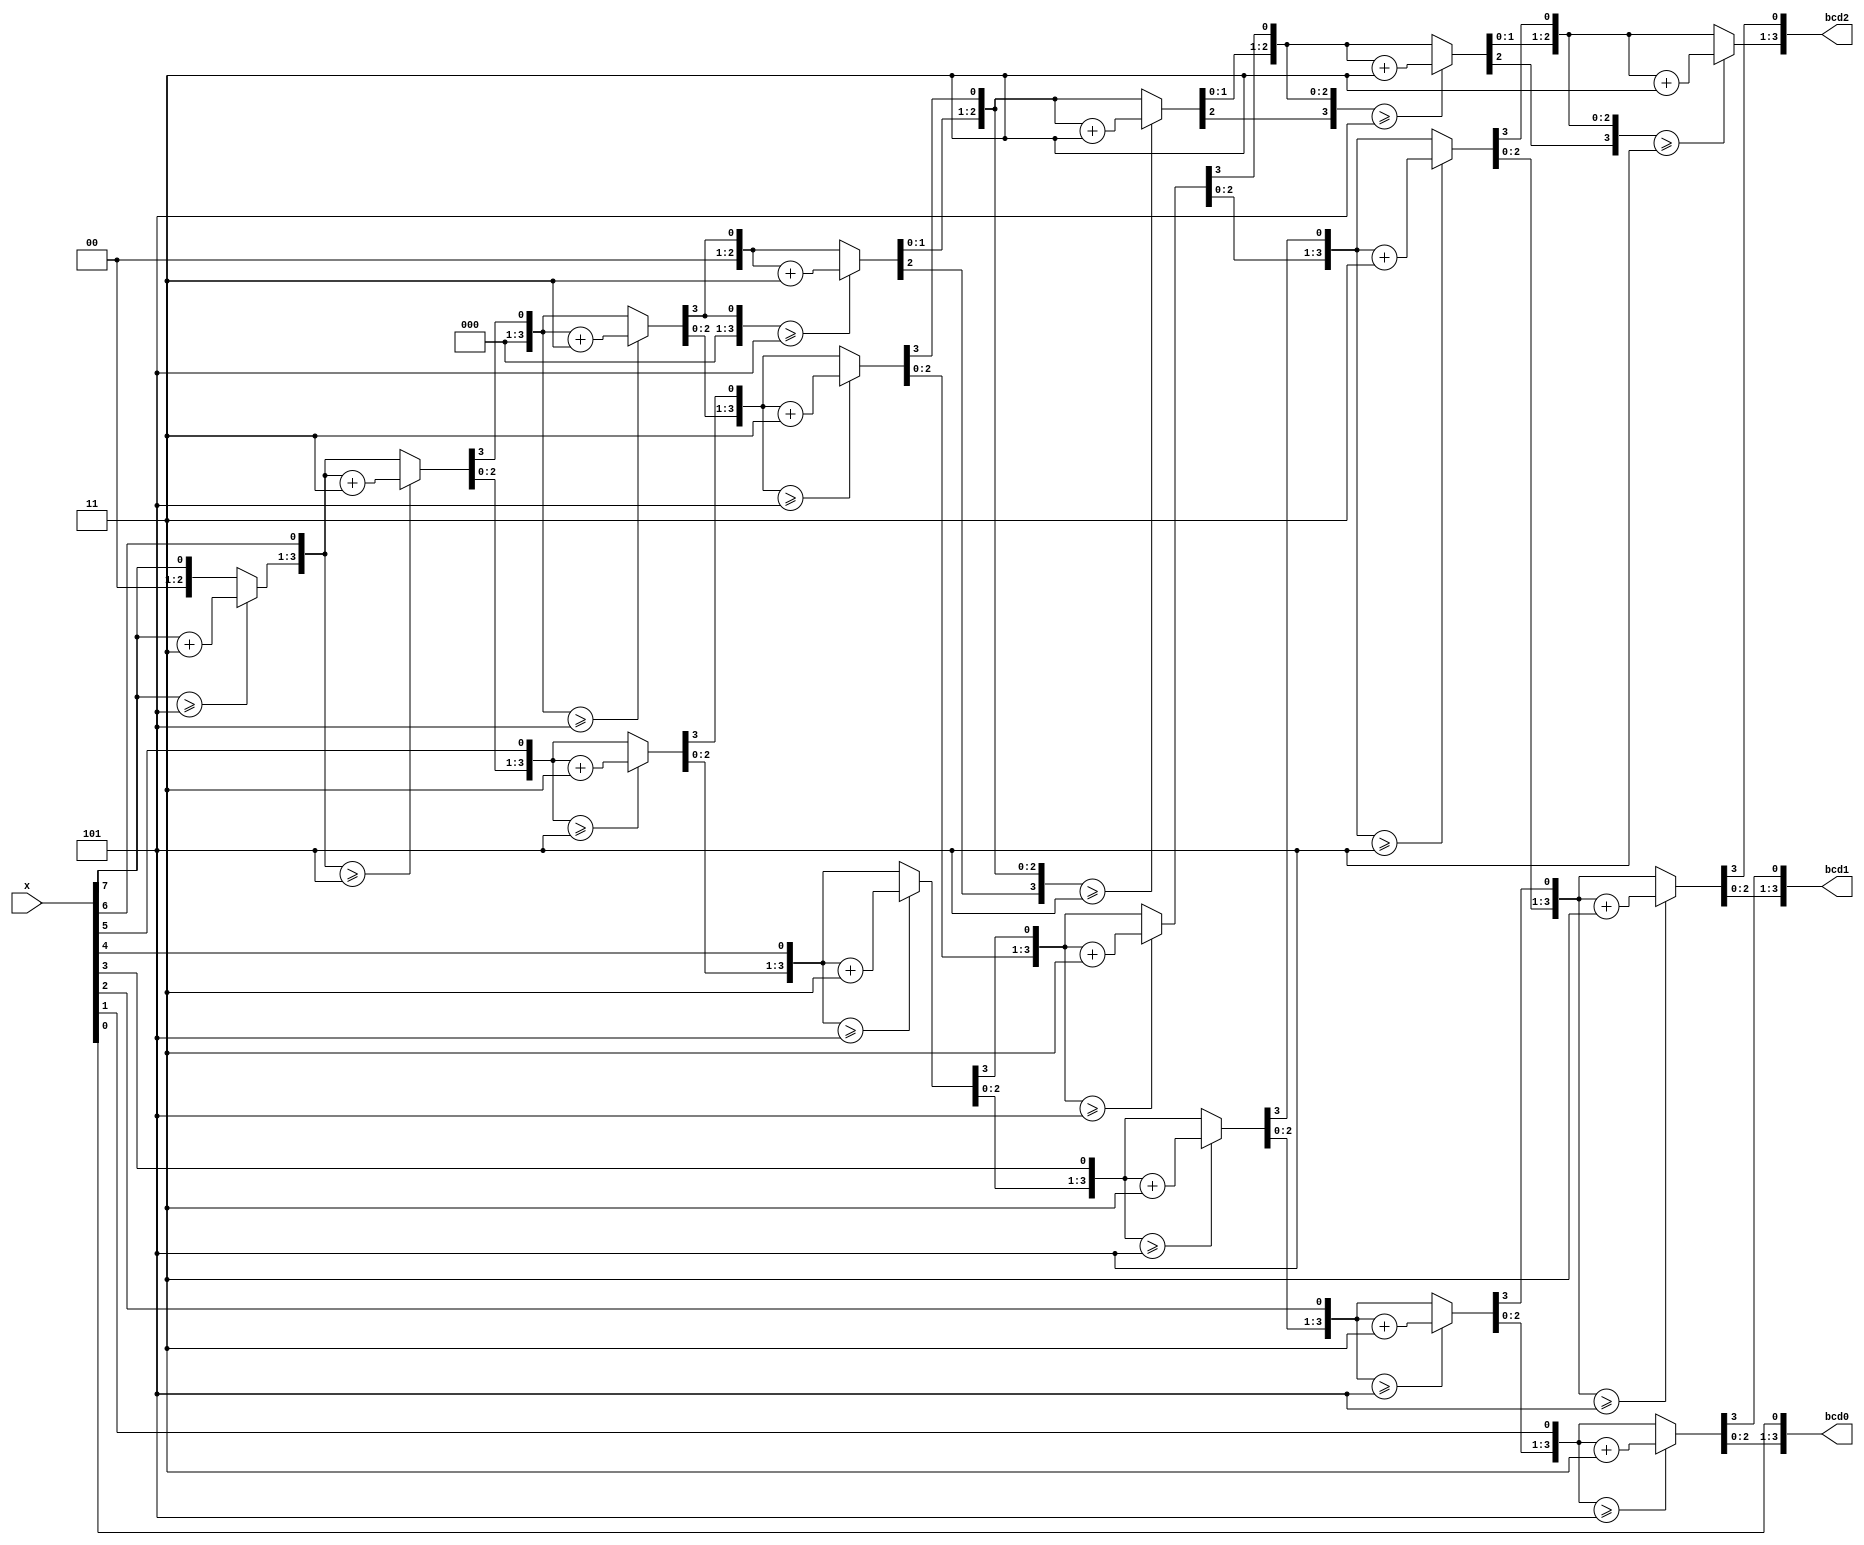
module BinaryToBCD(
	input [7:0] x,
	output reg [3:0] bcd2,
	output reg [3:0] bcd1,
	output reg [3:0] bcd0
);

integer i;

always @(*) begin
	bcd2 = 4'd0;
	bcd1 = 4'd0;
	bcd0 = 4'd0;
	for (i = 7; i >= 0; i = i - 1) begin
		if (bcd2 >= 5)
			bcd2 = bcd2 + 3;
		if (bcd1 >= 5)
			bcd1 = bcd1 + 3;
		if (bcd0 >= 5)
			bcd0 = bcd0 + 3;
		bcd2 = bcd2 << 1;
		bcd2[0] = bcd1[3];
		bcd1 = bcd1 << 1;
		bcd1[0] = bcd0[3];
		bcd0 = bcd0 << 1;
		bcd0[0] = x[i];
	end
end

endmodule